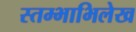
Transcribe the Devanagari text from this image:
स्तम्भाभिलेख